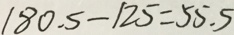
1 8 0 . 5 - 1 2 5 = 5 5 . 5